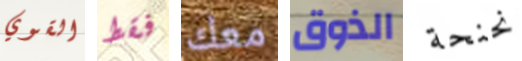
القوي فقط معك الذوق نحنحة